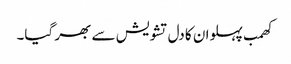
کھمب پہلوان کا دل تشویش سے بھر گیا۔